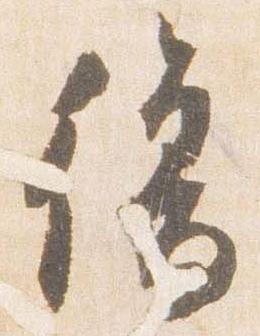
復